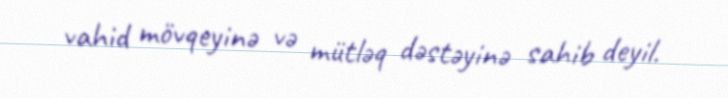
vahid mövqeyinə və mütləq dəstəyinə sahib deyil.